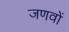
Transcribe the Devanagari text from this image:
जणवों